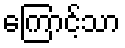
ကြောင့်သာ